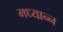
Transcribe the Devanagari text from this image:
मध्यान्न